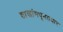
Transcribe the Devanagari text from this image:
शाखांमधूनतयार